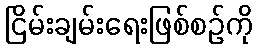
ငြိမ်းချမ်းရေးဖြစ်စဉ်ကို